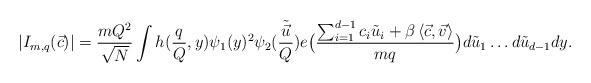
LaTeX: \begin{align*} \ |I_{m,q}(\vec{c})|=\frac{mQ^2}{\sqrt{N}} \int h(\frac{q}{Q},y) \psi_1(y)^2 \psi_2(\frac{\tilde{\vec{u}}}{Q})e\big(\frac{ \sum_{i=1}^{d-1}c_i \tilde{u}_i+\beta\left<\vec{c},\vec{v} \right>}{mq} \big) d\tilde{u}_1\dots d\tilde{u}_{d-1} dy.\end{align*}